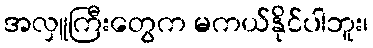
အလှူကြီးတွေက မကယ်နိုင်ပါဘူး၊